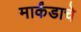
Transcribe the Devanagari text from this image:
मार्कंडाचे